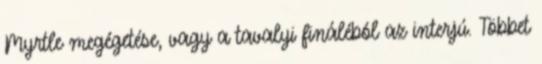
Myrtle megégetése, vagy a tavalyi fináléból az interjú. Többet